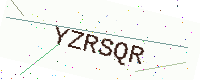
Text: YZRSQR